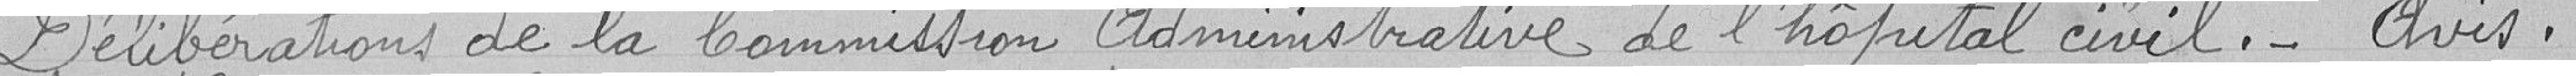
Délibérations de la Commission Administrative de l'hopital civil._ Avis.